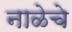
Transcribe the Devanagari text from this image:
नाळेचे